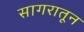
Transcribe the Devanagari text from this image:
सागरातून